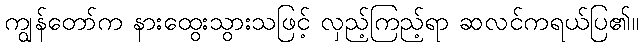
ကျွန်တော်က နားထွေးသွားသဖြင့် လှည့်ကြည့်ရာ ဆလင်ကရယ်ပြ၏။